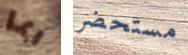
ربما مستحضر